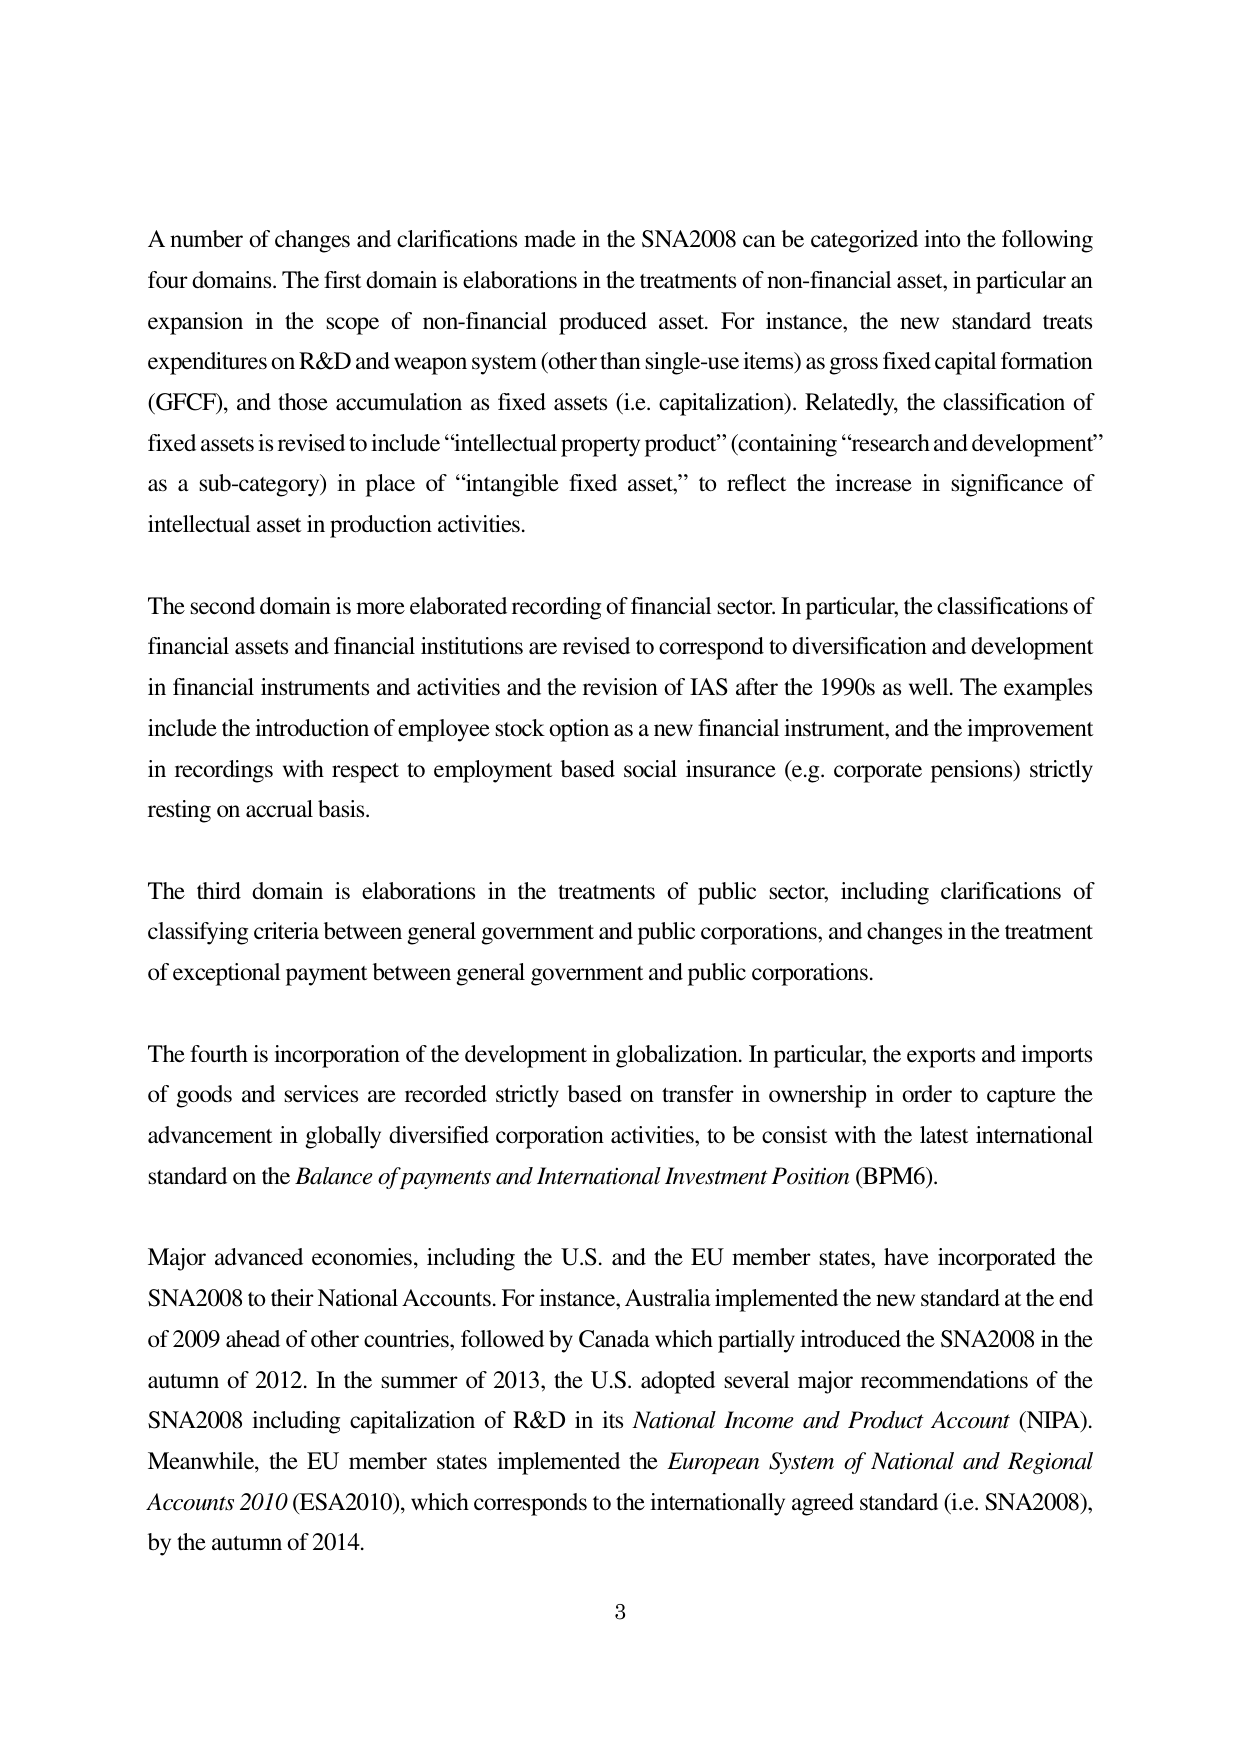
A number of changes and clarifications made in the SNA2008 can be categorized into the following four domains. The first domain is elaborations in the treatments of non-financial asset, in particular an expansion in the scope of non-financial produced asset. For instance, the new standard treats expenditures on R&D and weapon system (other than single-use items) as gross fixed capital formation (GFCF), and those accumulation as fixed assets (i.e. capitalization). Relatedly, the classification of fixed assets is revised to include “intellectual property product” (containing “research and development” as a sub-category) in place of “intangible fixed asset,” to reflect the increase in significance of intellectual asset in production activities.

The second domain is more elaborated recording of financial sector. In particular, the classifications of financial assets and financial institutions are revised to correspond to diversification and development in financial instruments and activities and the revision of IAS after the 1990s as well. The examples include the introduction of employee stock option as a new financial instrument, and the improvement in recordings with respect to employment based social insurance (e.g. corporate pensions) strictly resting on accrual basis.

The third domain is elaborations in the treatments of public sector, including clarifications of classifying criteria between general government and public corporations, and changes in the treatment of exceptional payment between general government and public corporations.

The fourth is incorporation of the development in globalization. In particular, the exports and imports of goods and services are recorded strictly based on transfer in ownership in order to capture the advancement in globally diversified corporation activities, to be consist with the latest international standard on the Balance of payments and International Investment Position (BPM6).

Major advanced economies, including the U.S. and the EU member states, have incorporated the SNA2008 to their National Accounts. For instance, Australia implemented the new standard at the end of 2009 ahead of other countries, followed by Canada which partially introduced the SNA2008 in the autumn of 2012. In the summer of 2013, the U.S. adopted several major recommendations of the SNA2008 including capitalization of R&D in its National Income and Product Account (NIPA). Meanwhile, the EU member states implemented the European System of National and Regional Accounts 2010 (ESA2010), which corresponds to the internationally agreed standard (i.e. SNA2008), by the autumn of 2014.

3